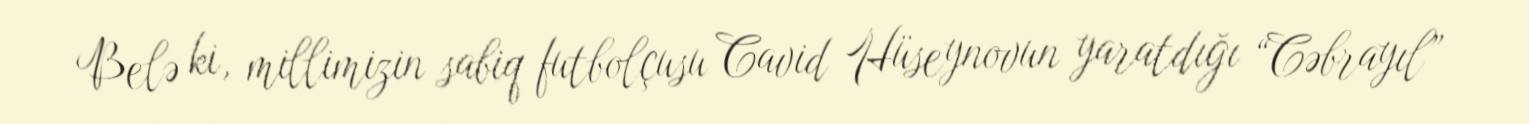
Belə ki, millimizin sabiq futbolçusu Cavid Hüseynovun yaratdığı “Cəbrayıl”